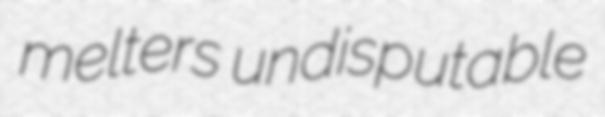
melters undisputable